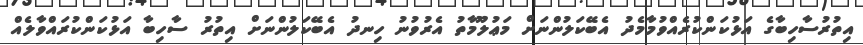
އިތުރުސާހިބާގެ އަޅުކަންކުރެއްވުމާމެދު އެބޭކަލުންނަށް މަޢުލޫމާތު އެރުވުނު ހިނދު އެބޭކަލުންނަށް އިތުރު ސާހިބާ އަޅުކަންކުރައްވާލެއް